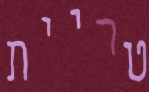
טריית